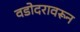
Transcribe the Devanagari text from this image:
वडोदरावरून